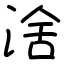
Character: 涻